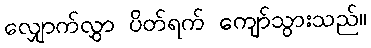
လျှောက်လွှာ ပိတ်ရက် ကျော်သွားသည်။